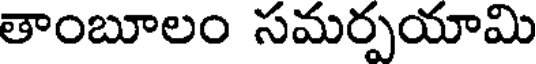
తాంబూలం సమర్పయామి